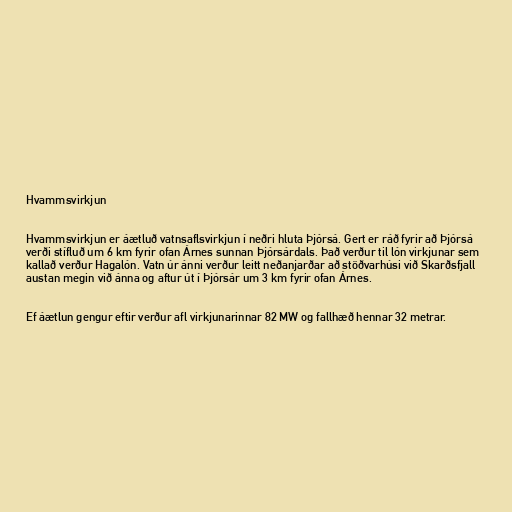
Hvammsvirkjun

Hvammsvirkjun er áætluð vatnsaflsvirkjun í neðri hluta Þjórsá. Gert er ráð fyrir að Þjórsá
verði stífluð um 6 km fyrir ofan Árnes sunnan Þjórsárdals. Það verður til lón virkjunar sem
kallað verður Hagalón. Vatn úr ánni verður leitt neðanjarðar að stöðvarhúsi við Skarðsfjall
austan megin við ánna og aftur út í Þjórsár um 3 km fyrir ofan Árnes.

Ef áætlun gengur eftir verður afl virkjunarinnar 82 MW og fallhæð hennar 32 metrar.